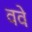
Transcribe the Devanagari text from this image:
ववे